Report of the Hyderabad Chloroform Commission
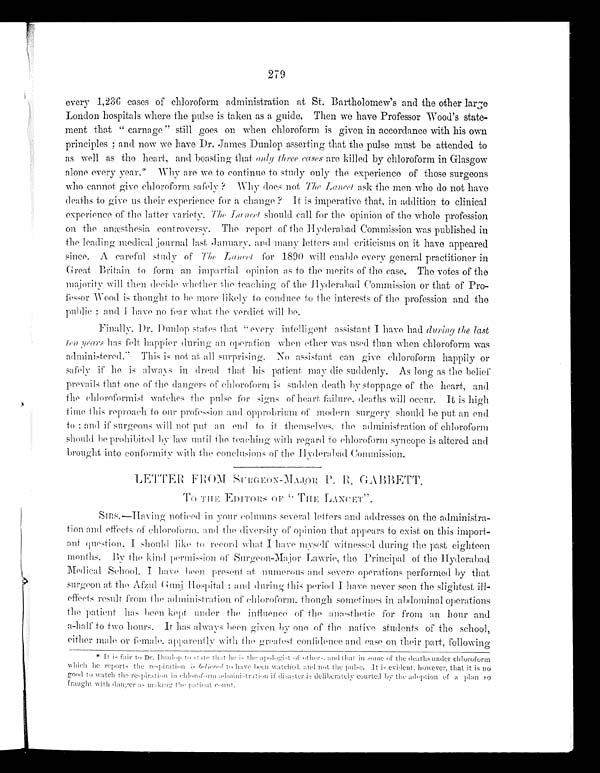
279
every 1,236 cases of chloroform administration at St. Bartholomew's and the other large
London hospitals where the pulse is taken as a guide. Then we have Professor Wood's state-
ment that "carnage" still goes on when chloroform is given in accordance with his own
principles; and now we have Dr. James Dunlop asserting that the pulse must be attended to
as well as the heart, and boasting that only three cases are killed by chloroform in Glasgow
alone every year.* Why are we to continue to study only the experience of those surgeons
who cannot give chloroform safely? Why does not The Lancet ask the men who do not have
deaths to give us their experience for a change? It is imperative that, in addition to clinical
experience of the latter variety. The Lancet should call for the opinion of the whole profession
on the anæsthesia controversy. The report of the Hyderabad Commission was published in
the leading medical journal last January, and many letters and criticisms on it have appeared
since. A careful study of The Lancet for 1890 will enable every general practitioner in
Great Britain to form an impartial opinion as to the merits of the case. The votes of the
majority will then decide whether the teaching of the Hyderabad Commission or that of Pro-
fessor Wood is thought to be more likely to conduce to the interests of the profession and the
public; and I have no fear what, the verdict will be.
Finally, Dr. Du n l o p s t a t e s t h a t " e v e r y i n t e l l i g e n t a s s i s t a n t I h a v e h a dd
u r i n g t h el
a s t
ten years has felt happier during an operation when ether was used than when chloroform was
administered." This is not at all surprising. No assistant can give chloroform happily or
safely if he is always in dread that his patient may die suddenly. As long as the belief
prevails that one of the dangers of chloroform is sudden death by stoppage of the heart, and
the chl oroformi st wat ches t he pul se for si gns of heart fai l ure, deat hs wi l l occur. It i s
h i g h
time this reproach to our profession and opprobrium of modern surgery should be put an end
to: and if surgeons will not put an end to it themselves,t h e a d m i n i s t r a t i o n o f c h l o r o f o r m
should be prohibited by law until the teaching with regard to chloroform syncope is altered and
brought into conformity with the conclusions of the Hyderabad Commission.
LETTER FROM SURGEON-MAJOR P. R. GABBETT.
To THE EDITORS OF "THE LANCET".
SIRS,—Having noticed in your columns several letters and adresses on the administra--
tion and effects of chloroform, and the diversity of opinion that appears to exist on this import--
a nt que s t i on. I s houl d l i ke t o r e c or d wha t I ha ve mys e l f wi t ne s s e d dur i ng t he pa s t e i ght e e n
months. By the kind permission of Surgeon-Major Lawrie, the Principal of the Hyderabad
Medical school. Ih a v e b e e n
p r e s e n t a t
n u m e r o u s a n dsevere operations performed by tha
t s u r g e o n a t t h e A f z u l G u n j H o s p i t a l : a n d d u r i n g t h i sp
e r i o d I h a v e n e v e r s e e n t h e s l i g h t e s t
ill-effects result from the administration of chloroform, though sometimes in abdominal operations
the patient has been kept under the influence of the anæsthetic for from an hour and
a-half to two hours. It has always been give n b y o n e
o f t h e n at
i v e s t u d e n t s o f t h e s c h o o l ,
either male or female, apparently with the greatest confidence and case on their part, following
* It is fair to Dr. Dunlop to state that he is the apologist of others, and that in some of the deaths under chloroform
which he reports the respiration is believed to have been watched, and not the pulse. It is evident, however, that it is no
good to watch the respiration in chloroform administration if disaster is deliberately courted by the adoption of a plan so
fraught with danger as making the patient count.